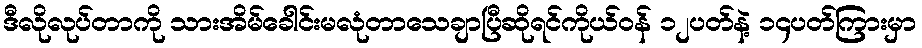
ဒီလိုလုပ်တာကို သားအိမ်ခေါင်းမလုံတာသေချာပြီဆိုရင်ကိုယ်ဝန် ၁၂ပတ်နဲ့ ၁၄ပတ်ကြားမှာ